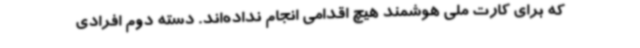
که برای کارت ملی هوشمند هیچ اقدامی انجام نداده‌اند. دسته دوم افرادی